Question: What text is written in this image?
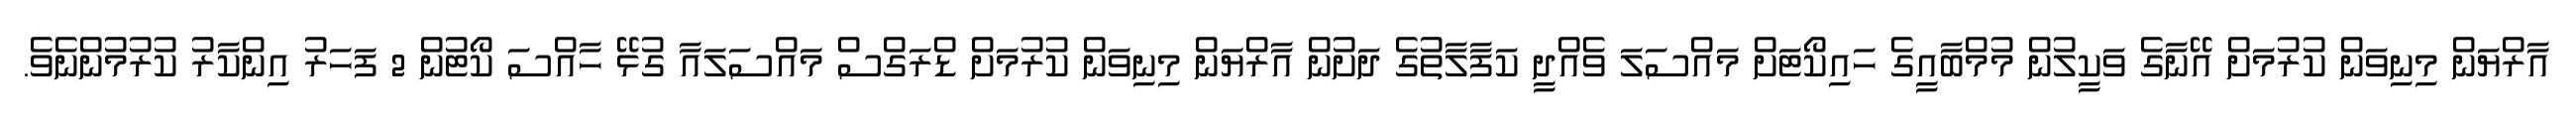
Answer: އާރްޔަން މިނިވަން ކުރުމަށް އޭނާގެ ވަކީލުން މުމްބާއީގެ ހައިކޯޓަށް މައްސަލަ ވެއްދީ ކަފާލާތުގެ ދަށުން އާރްޔަން މިނިވަން ކުރުމަށް ޑްރަގްސް މައްސަލައާ ގުޅޭ ހާއްސަ ކޯޓުން 2 ފަހަރު އިންކާރު ކުރުމުންނެވެ.